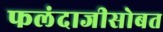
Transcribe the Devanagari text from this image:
फलंदाजीसोबत